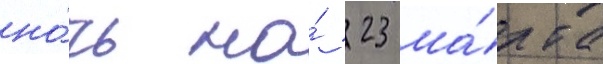
но́чь на́ 23 ма́рта